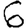
Digit: 6